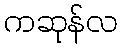
ကဆုန်လ